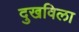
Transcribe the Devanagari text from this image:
दुखविला